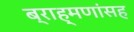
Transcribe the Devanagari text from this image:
ब्राह्मणांसह